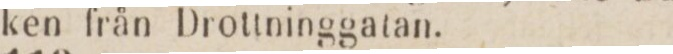
ken från Drottninggatan.